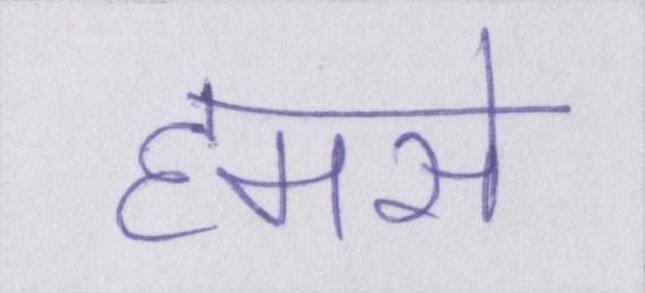
हमसे